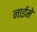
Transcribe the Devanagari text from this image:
नाईमे